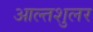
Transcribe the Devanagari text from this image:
आल्तशुलर